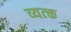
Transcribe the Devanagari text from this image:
व्यत्क्त